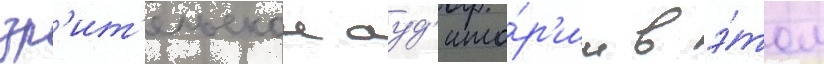
зр'ит'ельскои ауд'ито́р'ии в э́том